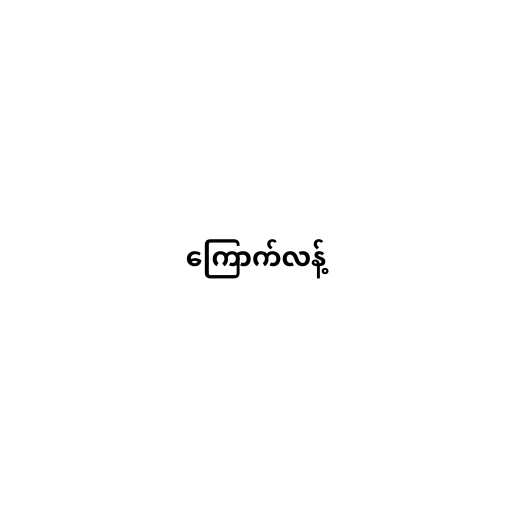
ကြောက်လန့်